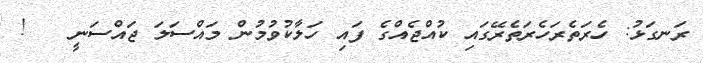
ރަނގަޅު: ހެރަތެރަހެރަތެރޭގައި ކުއްޖެއްގެ ފައި ހަލާކުވުމުން މައްސަލަ ޖައްސަނީ   !